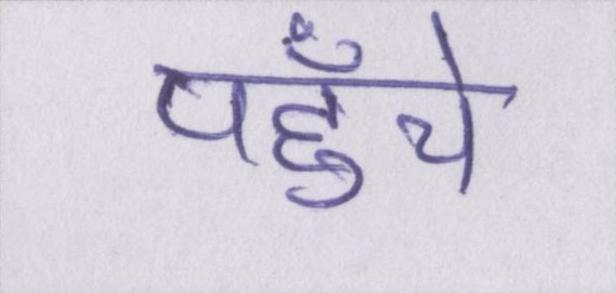
पहुँचे